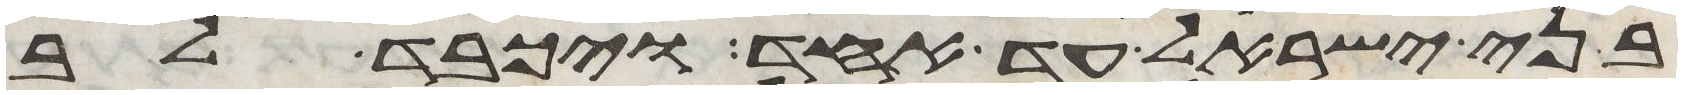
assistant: בני ישראל עד אחד ויכבד לב